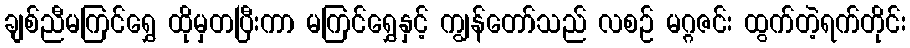
ချစ်ညီမကြင်ရွှေ ထိုမှတပြီးကာ မကြင်ရွှေနှင့် ကျွန်တော်သည် လစဉ် မဂ္ဂဇင်း ထွက်တဲ့ရက်တိုင်း